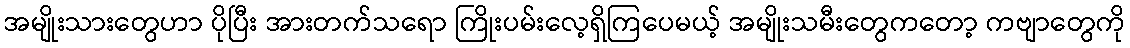
အမျိုးသားတွေဟာ ပိုပြီး အားတက်သရော ကြိုးပမ်းလေ့ရှိကြပေမယ့် အမျိုးသမီးတွေကတော့ ကဗျာတွေကို